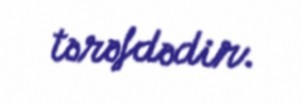
tərəfdədir.